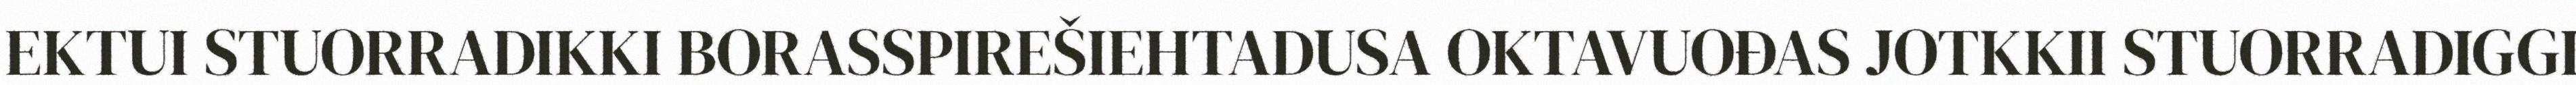
EKTUI STUORRADIKKI BORASSPIREŠIEHTADUSA OKTAVUOĐAS JOTKKII STUORRADIGGI